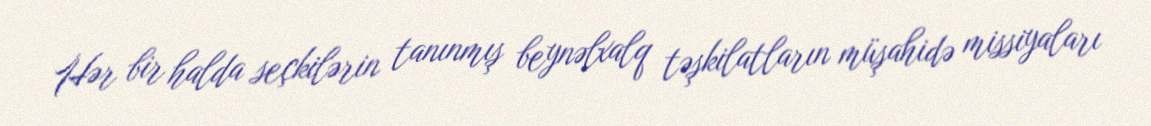
Hər bir halda seçkilərin tanınmış beynəlxalq təşkilatların müşahidə missiyaları